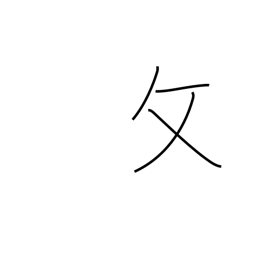
Meaning: folding chair radical variant (no. 66)